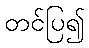
တင်ပြ၍